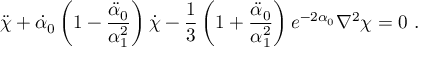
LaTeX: \ddot { \chi } + \dot { \alpha } _ { 0 } \left( 1 - \frac { \ddot { \alpha } _ { 0 } } { \alpha _ { 1 } ^ { 2 } } \right) \dot { \chi } - \frac { 1 } { 3 } \left( 1 + \frac { \ddot { \alpha } _ { 0 } } { \alpha _ { 1 } ^ { 2 } } \right) e ^ { - 2 \alpha _ { 0 } } \nabla ^ { 2 } \chi = 0 \ .